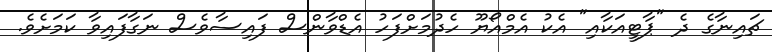
ޗައިނާގެ ދެ "ޕާޓީއަކާއި" އެކު އެމްއޯޔޫ ހެދުމަށްފަހު އެޑްވާންސް ފައިސާވެސް ނަގާފައިވާ ކަމަށެވެ.